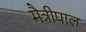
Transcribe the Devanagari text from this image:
मैत्रीपाल